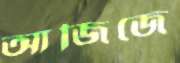
আজিজে